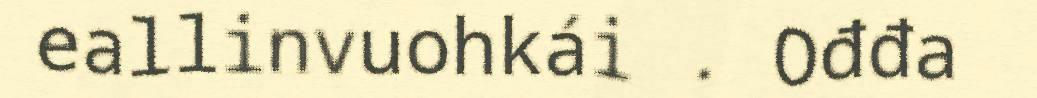
eallinvuohkái . Ođđa